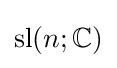
\mathrm {sl} (n;\mathbb {C} )